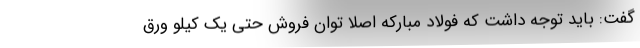
گفت: باید توجه داشت که فولاد مبارکه اصلا توان فروش حتی یک کیلو ورق